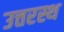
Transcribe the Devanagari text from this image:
उत्तरस्थ